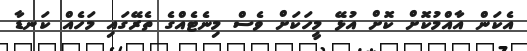
އެކަން އާއްމުކޮށް ކޮށް އުޅޭ މީހަކަށް ވެސް މިނެޓެއްގެ ތެރޭގައި މަހެއް ކަނޑާ